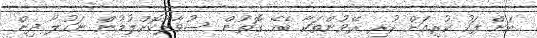
އަށް ފަހު ކުރިއަށް ހުރި ރޭވުންތަކާ ބެހޭ ގޮތުން ސުވާލުކޮށްލުމުން ނަހުލާ ދިން